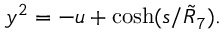
y ^ { 2 } = - u + \cosh ( s / \tilde { R } _ { 7 } ) .